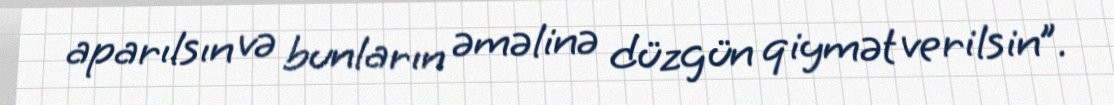
aparılsın və bunların əməlinə düzgün qiymət verilsin”.